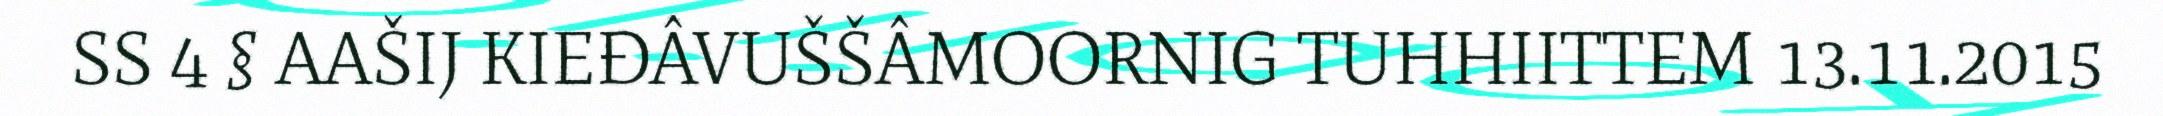
SS 4 § AAŠIJ KIEĐÂVUŠŠÂMOORNIG TUHHIITTEM 13.11.2015